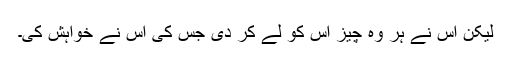
لیکن اس نے ہر وہ چیز اس کو لے کر دی جس کی اس نے خواہش کی۔